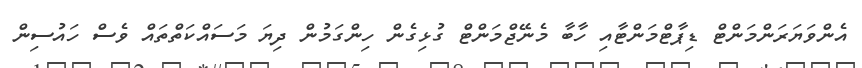
އެންވަޔަރަންމަންޓް ޑިޕާޓްމަންޓާއި ހާބާ މެނޭޖްމަންޓް ގުޅިގެން ހިންގަމުން ދިޔަ މަސައްކަތްތައް ވެސް ހައުސިން